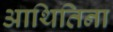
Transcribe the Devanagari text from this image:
आथितिना